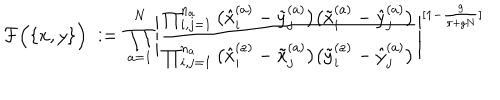
{ \cal F } \Big ( \{ x , y \} \Big ) \; : = \; \prod _ { a = 1 } ^ { N } \Bigg | \frac { \prod _ { i , j = 1 } ^ { n _ { a } } \big ( \hat { x } _ { i } ^ { ( a ) } - \tilde { y } _ { j } ^ { ( a ) } \big ) \big ( \tilde { x } _ { i } ^ { ( a ) } - \hat { y } _ { j } ^ { ( a ) } \big ) } { \prod _ { i , j = 1 } ^ { n _ { a } } \big ( \hat { x } _ { i } ^ { ( a ) } - \tilde { x } _ { j } ^ { ( a ) } \big ) \big ( \tilde { y } _ { i } ^ { ( a ) } - \hat { y } _ { j } ^ { ( a ) } \big ) } \Bigg | ^ { [ 1 - \frac { g } { \pi + g N } ] }